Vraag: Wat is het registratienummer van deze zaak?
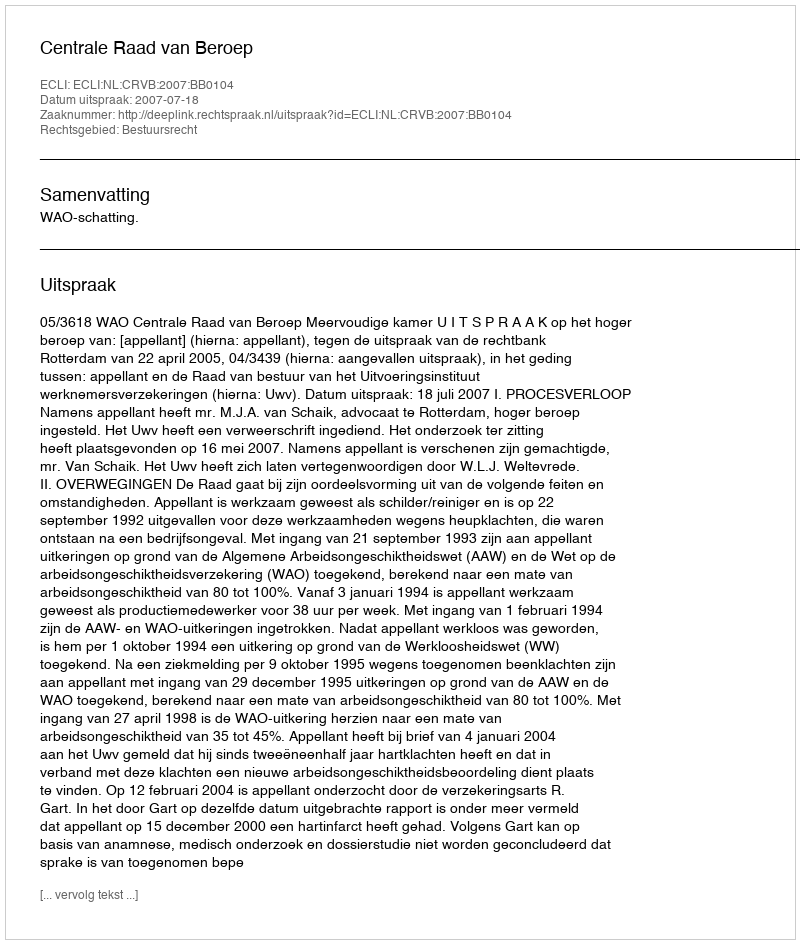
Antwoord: http://deeplink.rechtspraak.nl/uitspraak?id=ECLI:NL:CRVB:2007:BB0104